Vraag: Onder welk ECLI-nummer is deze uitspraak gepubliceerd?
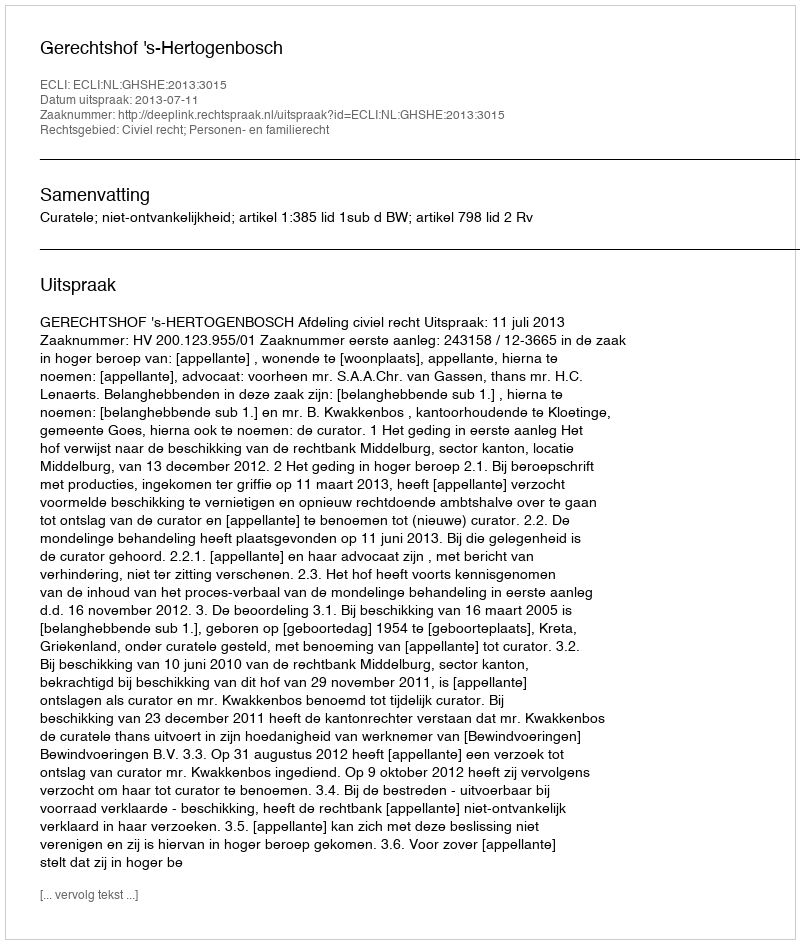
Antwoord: ECLI:NL:GHSHE:2013:3015